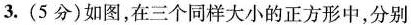
3.(5分)如图，在三个同样大小的正方形中，分别